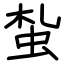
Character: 蚻